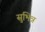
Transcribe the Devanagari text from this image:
सुभिन्न